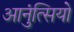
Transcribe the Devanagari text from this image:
आनुंत्सियो